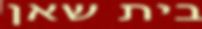
בית שאן